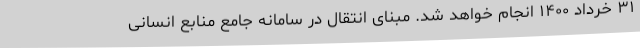
۳۱ خرداد ۱۴۰۰ انجام خواهد شد. مبنای انتقال در سامانه جامع منابع انسانی